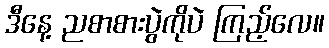
ဒီနေ့ ညစာစားပွဲကိုပဲ ကြည့်လေ။